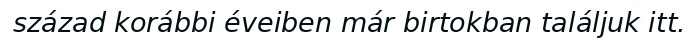
század korábbi éveiben már birtokban találjuk itt.